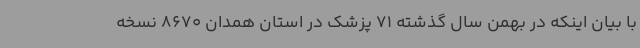
با بیان اینکه در بهمن سال گذشته 71 پزشک در استان همدان 8670 نسخه